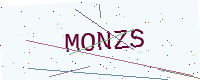
Text: MONZS